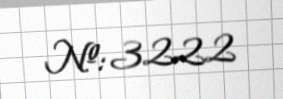
№: 3222